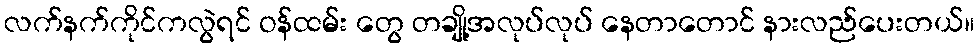
လက်နက်ကိုင်ကလွဲရင် ဝန်ထမ်း တွေ တချို့အလုပ်လုပ် နေတာတောင် နားလည်ပေးတယ်။